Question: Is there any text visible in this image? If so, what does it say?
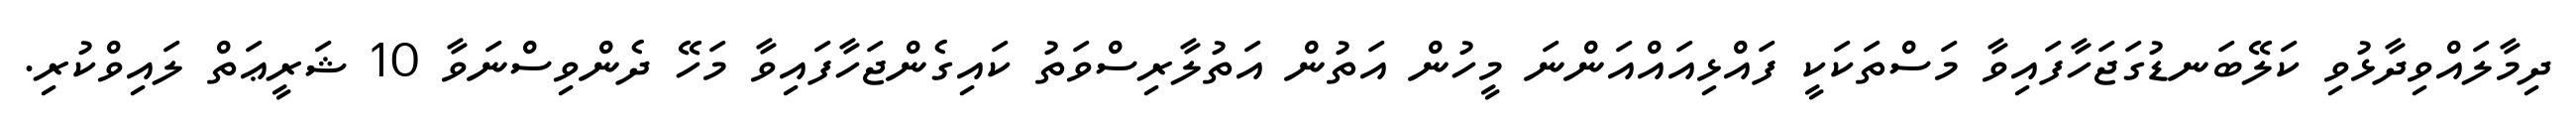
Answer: ދިމާލައްވިދާޅުވި ކަލޭބަނޑުގަޖަހާފައިވާ މަސްތަކަކީ ފައްޅިއައްއަންނަ މީހުން އަތުން އަތުލާރިސްވަތު ކައިގެންޖަހާފައިވާ މަހޭ ދެންވިސްނަވާ 10 ޝަރީޢަތް ލައިވްކުރި.